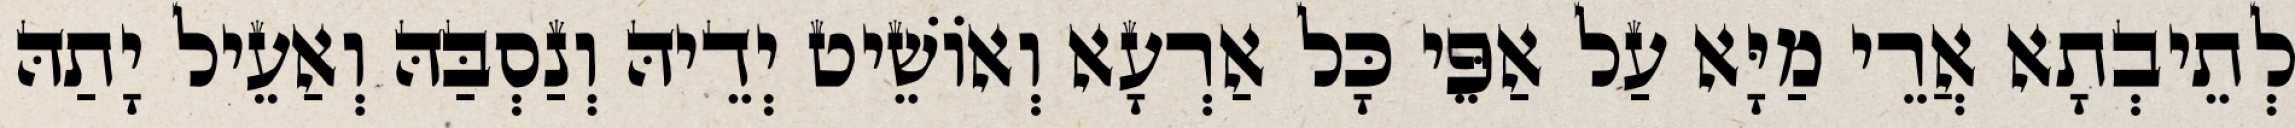
לְתֵיבְתָא אֲרֵי מַיָּא עַל אַפֵּי כָּל אַרְעָא וְאוֹשֵׁיט יְדֵיהּ וְנַסְבַּהּ וְאַעֵיל יָתַהּ